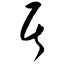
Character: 居